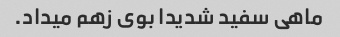
ماهی سفید شدیدا‌ بوی زهم میداد.